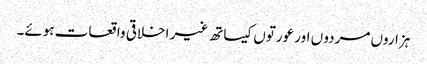
ہزاروں مردو ں اور عورتوں کیساتھ غیر اخلاقی واقعات ہوئے۔